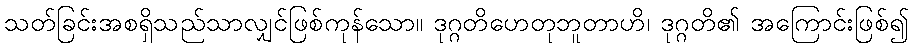
သတ်ခြင်းအစရှိသည်သာလျှင်ဖြစ်ကုန်သော။ ဒုဂ္ဂတိဟေတုဘူတာဟိ၊ ဒုဂ္ဂတိ၏ အကြောင်းဖြစ်၍